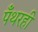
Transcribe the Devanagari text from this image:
पँथरही